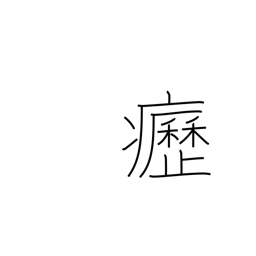
Meaning: swollen neck glands